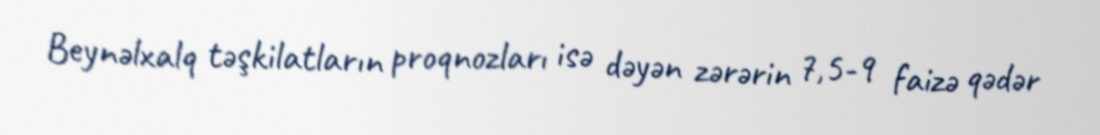
Beynəlxalq təşkilatların proqnozları isə dəyən zərərin 7,5-9 faizə qədər